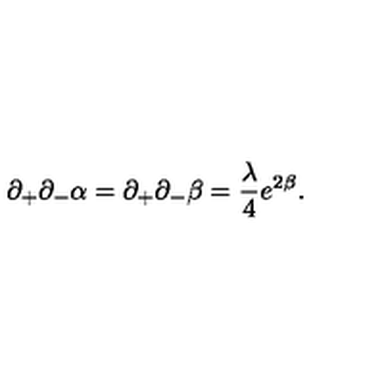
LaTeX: \partial _ { + } \partial _ { - } \alpha = \partial _ { + } \partial _ { - } \beta = \frac { \lambda } { 4 } e ^ { 2 \beta } .